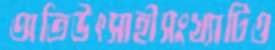
অতিউৎসাহীসংখ্যাটিও